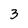
Character: 3